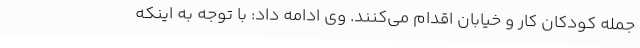
جمله کودکان کار و خیابان اقدام می‌کنند. وی ادامه داد: با توجه به اینکه